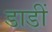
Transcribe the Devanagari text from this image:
डाडीं